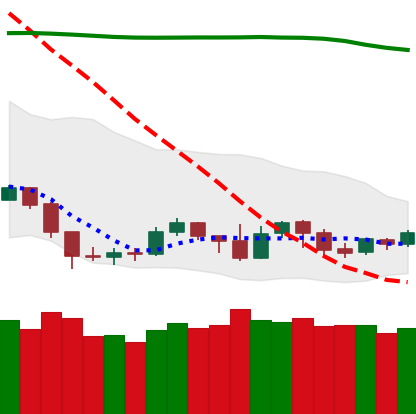
Ticker: NEO-USD
Chart end date: 2019-09-14
Forward return: 6.697%
Label: up_5_7